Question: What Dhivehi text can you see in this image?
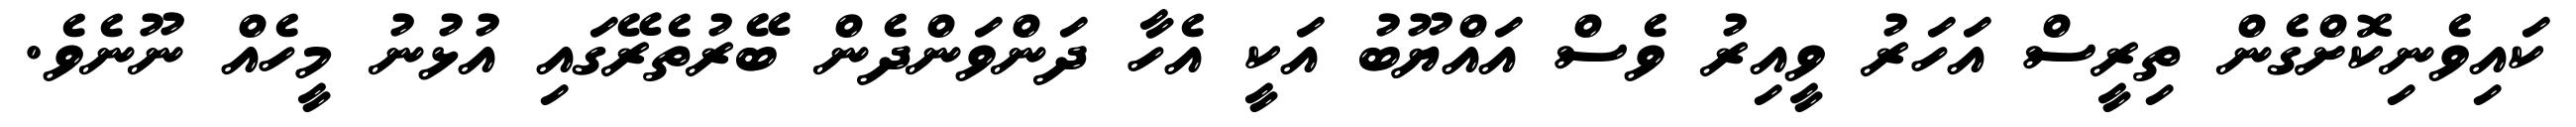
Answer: ކައިވެނިކޮށްގެން ތިރީސް އަހަރު ވީއިރު ވެސް އައްޔޫބު އަކީ އެހާ ދަންވަންދެން ބޭރުތެރޭގައި އުޅުނު މީހެއް ނޫނެވެ.